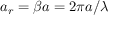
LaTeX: a _ { r } = \beta a = 2 \pi a / \lambda